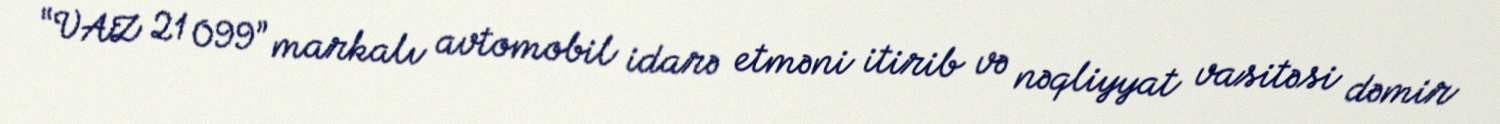
“VAZ 21 099” markalı avtomobil idarə etməni itirib və nəqliyyat vasitəsi dəmir